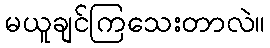
မယူချင်ကြသေးတာလဲ။